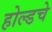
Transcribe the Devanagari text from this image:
होल्डचे